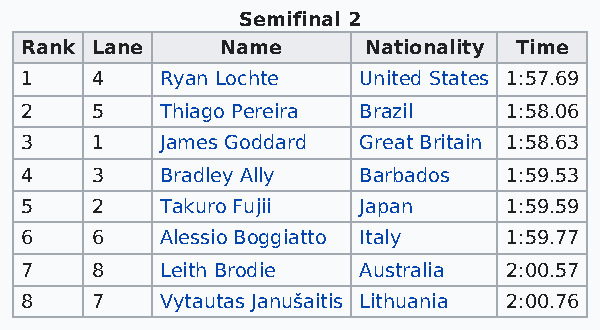
Semifinal 2
 Rank Lane     Name     Nationality Time
 1    4    Ryan Lochte  United States 1:57.69
 2    5    Thiago Pereira Brazil 1:58.06
 3    1    James Goddard Great Britain 1:58.63
 4    3    Bradley Ally Barbados 1:59.53
 5    2    Takuro Fujii Japan    1:59.59
 6    6    Alessio Boggiatto Italy 1:59.77
 7    8    Leith Brodie Australia 2:00.57
 8    7    Vytautas Janušaitis Lithuania 2:00.76